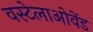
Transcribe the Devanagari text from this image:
वस्टेलाओवेंड